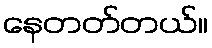
နေတတ်တယ်။